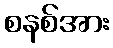
စနစ်အား